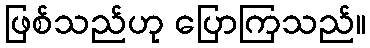
ဖြစ်သည်ဟု ပြောကြသည်။